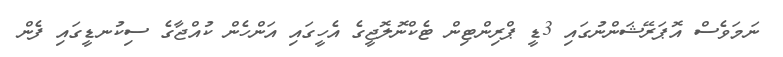
ނަމަވެސް އޮޕަރޭޝަންނުގައި 3ޑީ ޕްރިންޓިން ޓެކްނޮލޮޖީގެ އެހީގައި އަންހެން ކުއްޖާގެ ސިކުނޑީގައި ފެން